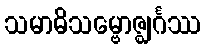
သမာဓိသမ္ဗောဇ္ဈင်္ဂဿ